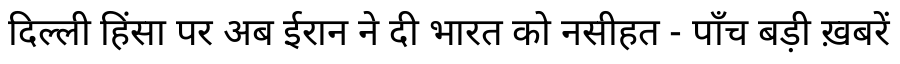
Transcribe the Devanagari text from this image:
दिल्ली हिंसा पर अब ईरान ने दी भारत को नसीहत - पाँच बड़ी ख़बरें